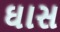
ઘાસ